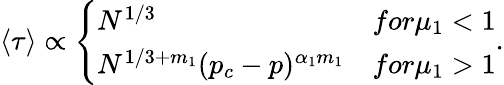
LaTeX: \left\langle\tau\right\rangle\propto\left\{ \begin{array}{ll}{N^{1/3}}&{for\mu_{1}<1}\\ {N^{1/3+m_{1}}(p_{c}-p)^{\alpha_{1}m_{1}}}&{for\mu_{1}>1}\end{array}\right..